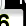
Digit: 3